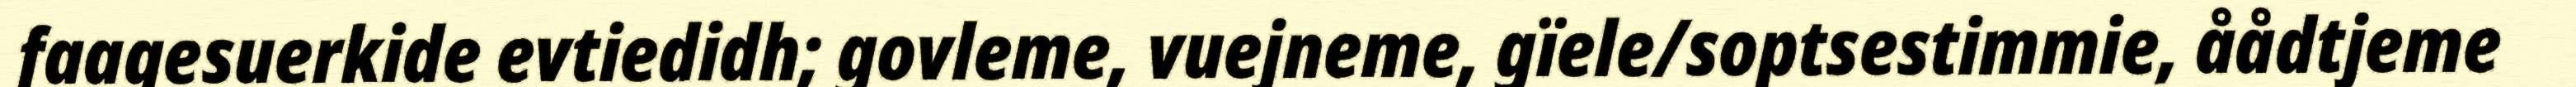
faagesuerkide evtiedidh; govleme, vuejneme, gïele/soptsestimmie, åådtjeme